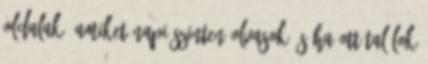
oldalak, amiket napi szinten olvasok és ha ott találok